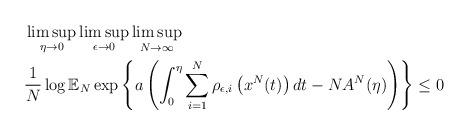
LaTeX: \begin{align*} & \limsup_{\eta\rightarrow0}\limsup_{\epsilon\rightarrow0}\limsup_{N\rightarrow\infty}\\ & \frac{1}{N}\log\mathbb{E}_{N}\exp\left\{ a\left(\int_{0}^{\eta}\sum_{i=1}^{N}\rho_{\epsilon,i}\left(x^{N}(t)\right)dt-NA^{N}(\eta)\right)\right\} \le0\end{align*}